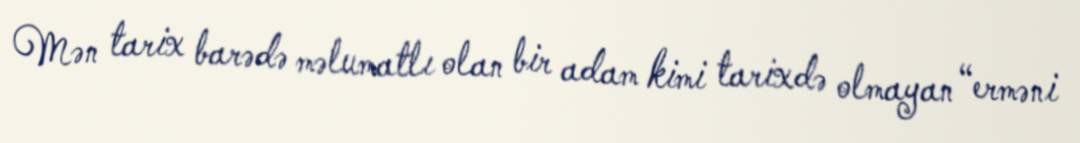
Mən tarix barədə məlumatlı olan bir adam kimi tarixdə olmayan “erməni